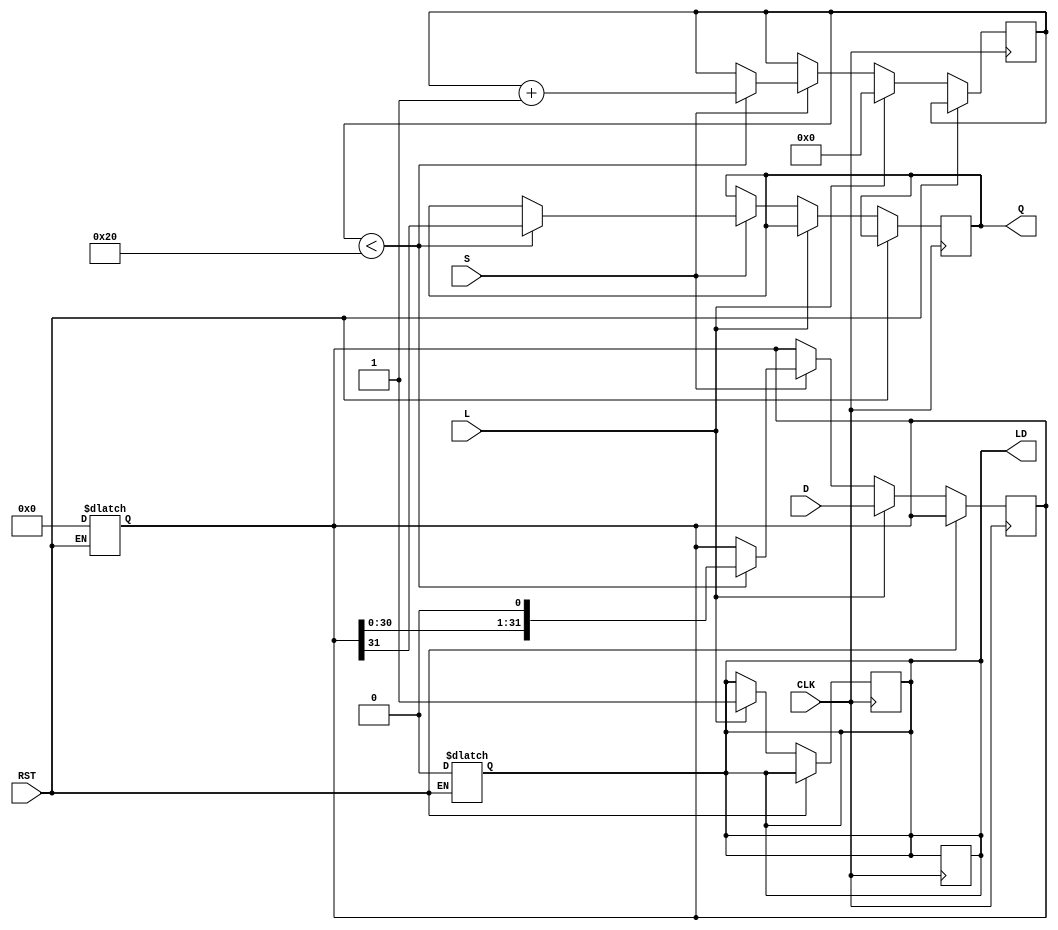
module PISO_Register (
    input  wire [31:0] D,    // 32-bit parallel data input
    input  wire L,           // Load control signal
    input  wire S,           // Shift control signal
    input  wire CLK,         // Clock input
    input  wire RST,         // Asynchronous reset signal
    output reg  Q,           // Serial output
    output reg  LD           // Data Loaded status output
);

    reg [31:0] shift_reg;    // 32-bit shift register
    reg [4:0] count;         // Counter for the number of shifts

    // Asynchronous reset
    always @(*) begin
        if (RST) begin
            shift_reg = 32'b0; // Clear the register
            LD = 1'b0;         // Data Loaded status
        end
    end

    // Synchronous operation
    always @(posedge CLK) begin
        if (RST) begin
            // Reset state handled in combinational block
        end else if (L) begin
            shift_reg <= D;     // Load data into the register
            LD <= 1'b1;         // Indicate data has been loaded
            count <= 5'b0;      // Reset shift count
        end else if (S) begin
            if (count < 32) begin
                Q <= shift_reg[31]; // Output MSB
                shift_reg <= {shift_reg[30:0], 1'b0}; // Shift left
                count <= count + 1; // Increment shift count
            end
        end
    end

    // After shifting all bits, we can indicate that shifting is done
    always @(posedge CLK) begin
        if (count == 32) begin
            LD <= 1'b0; // Reset loaded status after all bits shifted out
        end
    end

endmodule